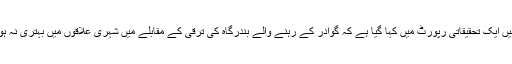
گوادر کے بارے میں ایک تحقیقاتی رپورٹ میں کہا گیا ہے کہ گوادر کے رہنے والے بندرگاہ کی ترقی کے مقابلے میں شہری علاقوں میں بہتری نہ ہونے سے نالاں ہیں۔